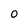
Character: O